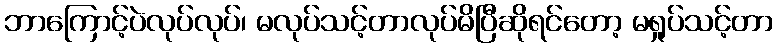
ဘာကြောင့်ပဲလုပ်လုပ်၊ မလုပ်သင့်တာလုပ်မိပြီဆိုရင်တော့ မရှုပ်သင့်တာ